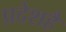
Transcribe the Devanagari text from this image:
प्रदेशहै